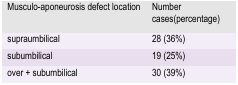
<table><thead><tr><td><b>Musculo-aponeurosis defect location </b></td><td><b>Number cases(percentage) </b></td></tr></thead><tbody><tr><td><b>supraumbilical </b></td><td><b>28 (36%)</b></td></tr><tr><td><b>subumbilical </b></td><td><b>19 (25%)</b></td></tr><tr><td><b>over + subumbilical </b></td><td><b>30 (39%)</b></td></tr></tbody></table>